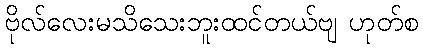
ဗိုလ်လေးမသိသေးဘူးထင်တယ်ဗျ ဟုတ်စ